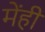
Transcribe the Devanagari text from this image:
मेंही